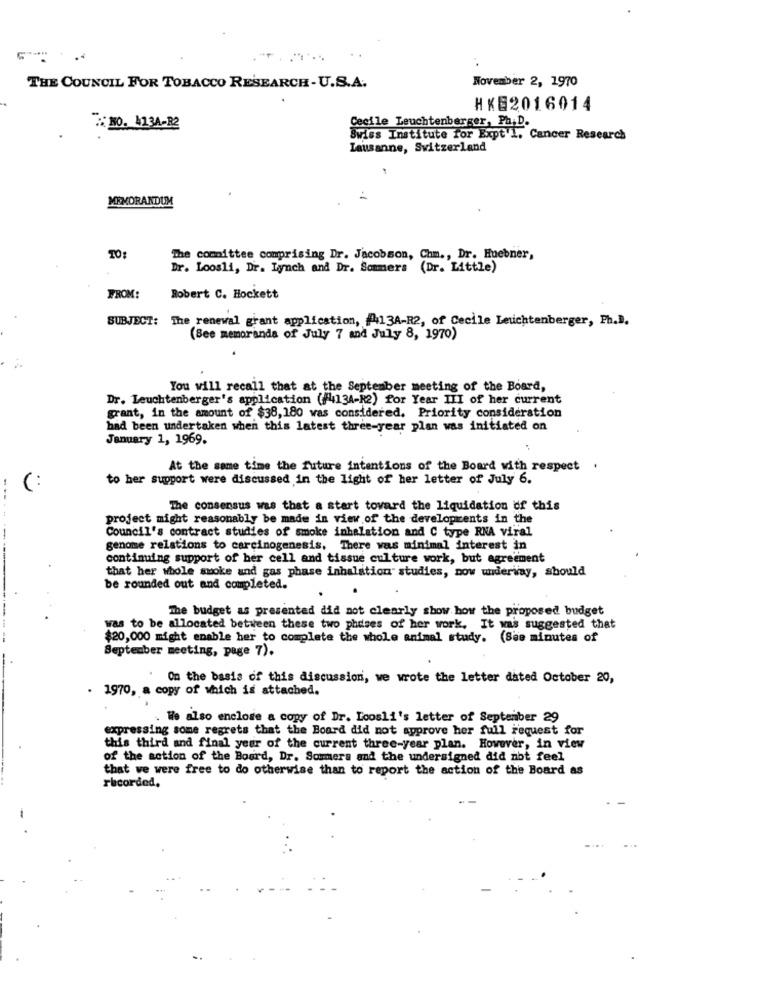
November 2, 1970
THE COUNCIL FOR TOBACCO RESEARCH- U.S.A.
HKE2016014
10. 1234-B2
Cecile Leuchtenberger, Ph.D.
Swiss Institute for Expt'1, Cancer Research
Lausanne, Switzerland
MEMORANDUM
TO:
The comittee comprising Dr. Jacobson, Chm ., Dr. Huebner,
Dr. Loosli, Dr. Lynch and Dr. Sommers (Dr. Little)
FROM:
Robert C. Hockett
SUBJECT: The renewal grant application, f13A-R2, of Cecile Leuchtenberger, Ph.D.
(Bee memoranda of July 7 and July 8, 1970)
You will recall that at the September meeting of the Board,
Dr. Leuchtenberger's application (f44134-R2) for Year III of her current
grant, in the amount of $38,180 was considered. Priority consideration
had been undertaken when this latest three-year plan was initiated on
January 1, 1969.
At the same time the future intentions of the Board with respect
to her support were discussed in the light of her letter of July 6.
(:
The consensus was that a start tovard the liquidation of this
project might reasonably be made in view of the developments in the
Council's contract studies of smoke inhalation and C type RNA viral
genome relations to carcinogenesis, There vas minimal interest in
continuing support of her cell and tissue culture work, but agreement
that her whole smoke and gas phase inhalation" studies, now underway, should
be rounded out and completed.
The budget as presented did not clearly show how the proposed budget
was to be allocated between these two phases of her work. It was suggested that
$20,000 might enable her to complete the whole animal study. (See minutes of
September meeting, page 7).
On the basis of this discussion, we wrote the letter dated October 20,
. 1970, a copy of which is attached.
. We also enclose a copy of Dr. Loosli's letter of September 29
expressing some regrets that the Board did not approve her full request for
this third and final year of the current three-year plan. However, in view
of the action of the Board, Dr. Sommers and the undersigned did not feel
that we were free to do otherwise than to report the action of the Board as
recorded.